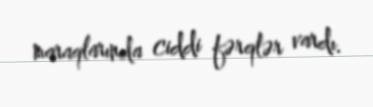
maraqlarında ciddi fərqlər vardı.